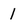
Character: 1